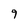
Character: 9